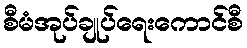
စီမံအုပ်ချုပ်ရေးကောင်စီ